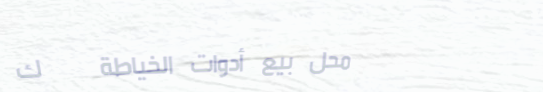
محل بيع أدوات الخياطة   ك